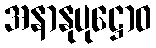
အနာနုပုဋ္ဌောဝ